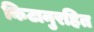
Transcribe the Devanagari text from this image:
किटानुरहित